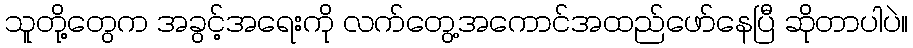
သူတို့တွေက အခွင့်အရေးကို လက်တွေ့အကောင်အထည်ဖော်နေပြီ ဆိုတာပါပဲ။